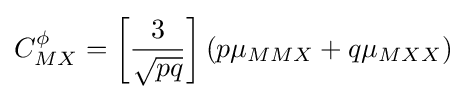
C_{MX}^{\phi }=\left[{\frac {3}{\sqrt {pq}}}\right]\left(p\mu _{MMX}+q\mu _{MXX}\right)